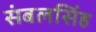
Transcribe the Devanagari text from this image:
संबलसिंह